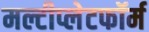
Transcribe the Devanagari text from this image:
मल्टीप्लेटफॉर्म